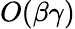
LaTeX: O(\beta\gamma)